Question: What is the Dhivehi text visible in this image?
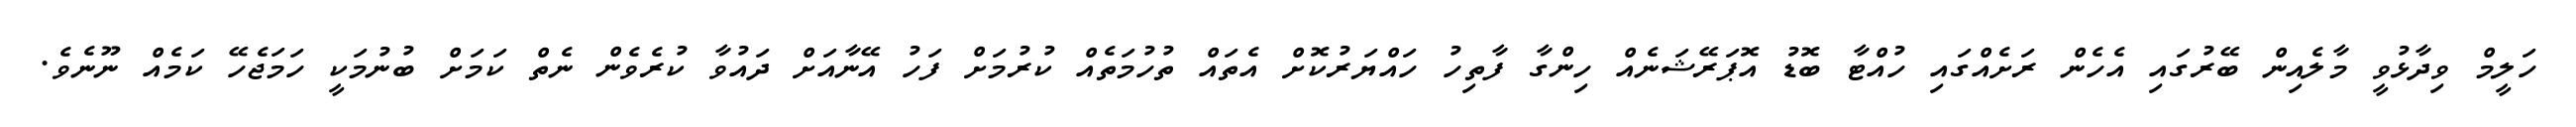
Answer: ހަލީމް ވިދާޅުވީ މާލެއިން ބޭރުގައި އެހެން ރަށެއްގައި ހުއްޓާ ބޮޑު އޮޕަރޭޝަނެއް ހިންގާ ފާތިހު ހައްޔަރުކޮށް އެތައް ތުހުމަތެއް ކުރުމަށް ފަހު އޭނާއަށް ދައުވާ ކުރެވެން ނެތް ކަމަށް ބުނުމަކީ ހަމަޖެހޭ ކަމެއް ނޫނެވެ.